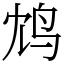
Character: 鸩